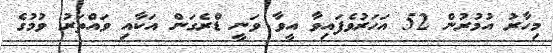
މިހާރު އުމުރުން 52 އަހަރުވެފައިވާ އީވާ ވަނީ ޑްރެގަން އަކާއި ވައްތަރު ވުމުގެ